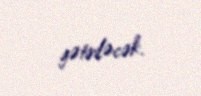
gətiriləcək.